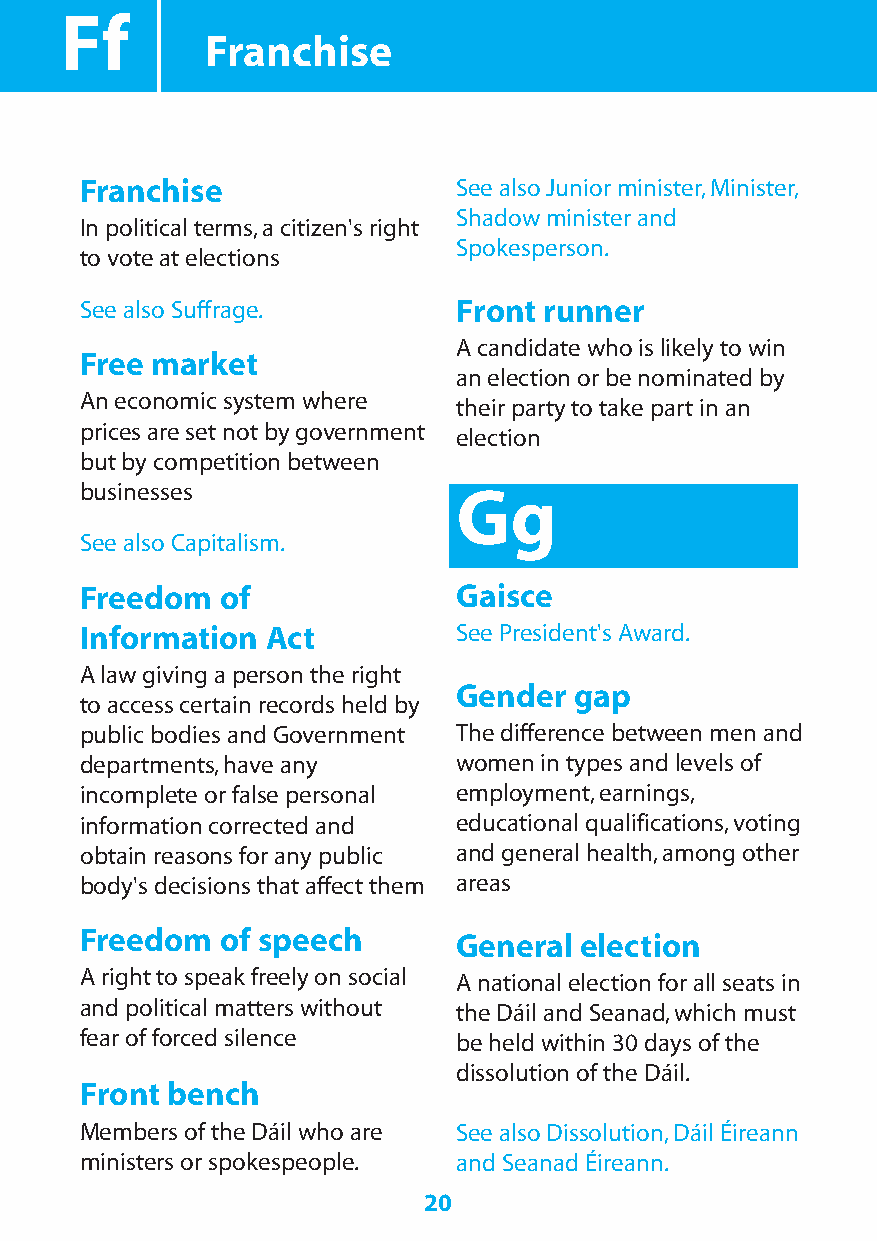
Ff
 Franchise
 Franchise                See also Junior minister,Minister,
 Shadow minister and
 In political terms,a citizen's right
 Spokesperson.
 to vote at elections
 See also Suffrage.       Front runner
 A candidate who is likely to win
 Free market
 an election or be nominated by
 An economic system where
 their party to take part in an
 prices are set not by government
 election
 but by competition between
 businesses               Gg
 See also Capitalism.
 Freedom   of             Gaisce
 Information  Act         See President's Award.
 A law giving a person the right
 Gender  gap
 to access certain records held by
 public bodies and Government The difference between men and
 departments,have any     women in types and levels of
 incomplete or false personal employment,earnings,
 information corrected and educational qualifications,voting
 obtain reasons for any public and general health,among other
 body's decisions that affect them areas
 Freedom   of speech      General election
 A right to speak freely on social A national election for all seats in
 and political matters without the Dáil and Seanad,which must
 fear of forced silence   be held within 30 days of the
 dissolution of the Dáil.
 Front bench
 Members of the Dáil who are See also Dissolution,Dáil Éireann
 ministers or spokespeople. and Seanad Éireann.
 20